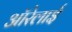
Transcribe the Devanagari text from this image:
ऑरेलाई